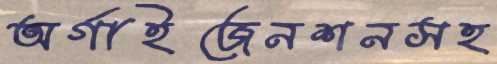
অর্গাইজেনশনসহ